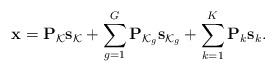
\begin{align*} \mathbf{x}=\mathbf{P}_{\mathcal{K}}\mathbf{s}_{\mathcal{K}}+\sum_{g=1}^{G}\mathbf{P}_{\mathcal{K}_g}\mathbf{s}_{\mathcal{K}_g}+\sum_{k=1}^{K}\mathbf{P}_{k}\mathbf{s}_{k}.\end{align*}